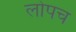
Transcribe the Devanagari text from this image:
लोपच